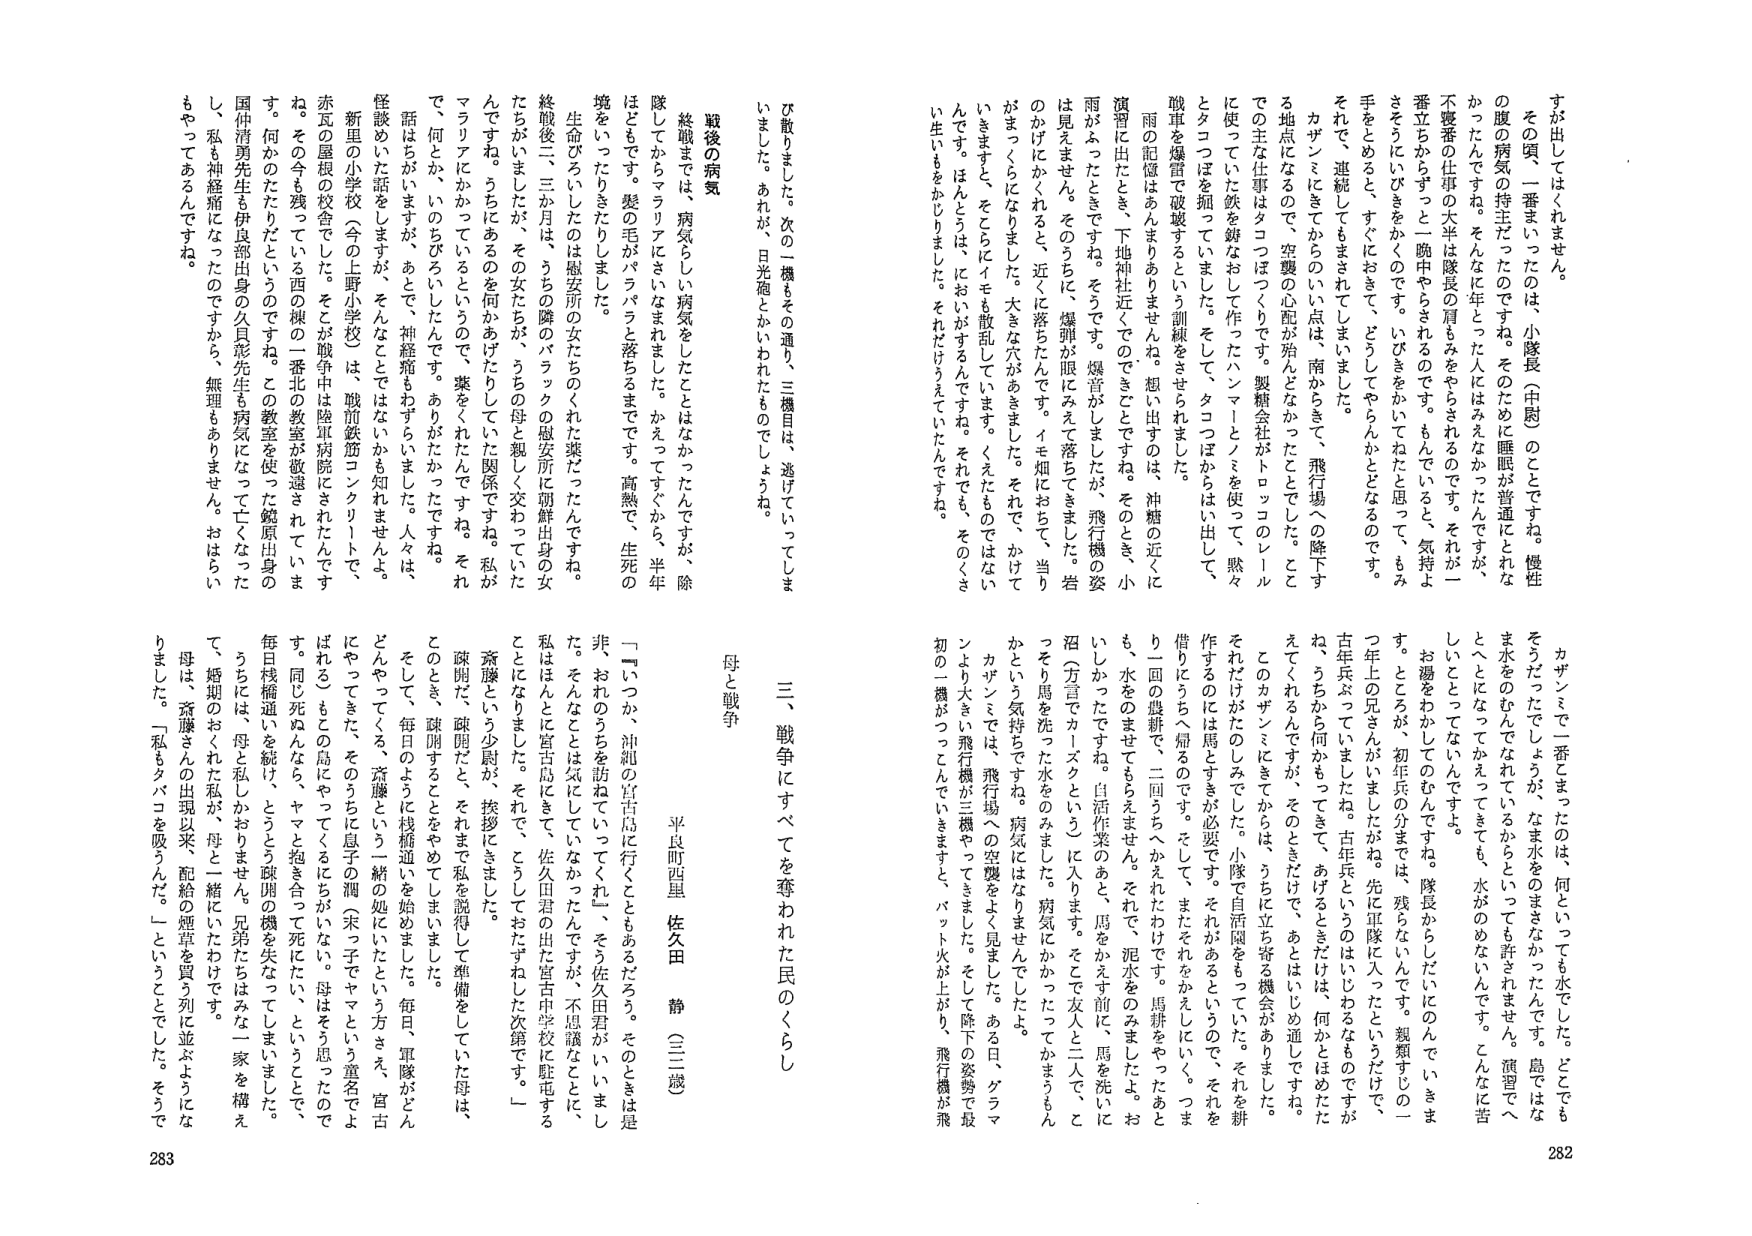
すが出してはくれません。
その頃、「一番まいったのは、小隊長（中尉）のことですね。慢性の腹の病気が持主だったのですね。そのために睡眠が普通にとれなかったんですね。そんなに年とった人にはみえなかったんですが、不寝番の仕事の大半は隊長の肩もみをやらされるのです。それが一番立たからずっと一晩中やらされるのです。もんでいると、気持よさそうにひどきをかくのです。いびきをかいてねたと思うて、もみ手をとめる、すぐにおきて、どうしてやらんかととなるのです。それを、連続してもまされてしまいました。
カザンミにきてからのい点は、南からきて、飛行場への降下する地点になるので、空襲の心配が殆んどなかったことでした。ことに使っていた鉄を鋳なおして作ったハンマーとノミを使って、黙々とタコつぼを掘っていました。そして、タコつぼからは出し、戦車を爆雷で破壊するという訓練をさせられました。
雨の記憶はあんまりありませんね。想い出すのは、沖縄の近くに演習に出たとき、下地神社近くでのできごとですね。そのとき、小雨がふったときですね。そうです。爆音がしましたが、飛行機の姿は見えません。そのうちに、爆弾が眼にみえて落ちてきました。岩のかげにかくれる、近くに落ちたんです。イモ畑におちて、当りがまっくらになりました。大きな穴があきました。それて、かけていきますと、そこらにイモを散乱しています。くれたものではないです。ほんとうは、においがするんですね。それでも、そのくさい生いもをかじりました。それだけうえていたんですね。
ひ散りました。次の二機もその通り、三機目は、逃げていてしまいました。あれが、日光砲とかいわれたものでしょうね。
戦後の病気
終戦までは、病気らしい病気をしたことはなかったんですが、除隊してからマラリアにさいなまれました。かえってすぐから、半年ほどもです。髪の毛がパラパラと落ちるまでです。高熱で、生死の境をいたりきたりしました。
生命びついたのは慰安所の女たちのくれた薬だったんですね。終戦後二、三か月は、うちの隣のパラックの慰安所に朝鮮出身の女たちがいましたが、その女たちが、うちの母と親しく交わっていたんですね。うちにあるのを何かあけたりしていた関係ですね。私がマラリアにかかっているというので、薬をくれたんですね。それで、何とか、いのちびろいしたんです。ありがたかったですね。話はちがいますが、あとで、神経痛もわすれました。人々は、怪談めいた話をしますが、そんなことではなれかも知れませんよ。
新里の小学校（今の上野小学校）は、戦前鉄筋コンクリートで、赤瓦の屋根の校舎でした。そとが戦争中は陸軍病院にされたんですね。その今も残っている西の棟の一番北の教室が散逸されていま す。何かのたたりだというのですね。この教室を使った鯨原出身の国仲清勇先生を伊良部出身の久貝彰先生も病気になって亡くなったし、私も神経痛になったのですから、無理もありません。おはらいもやってあるんですね。

カザンミで一番とまったのは、何といっても水でした。どこでもそうだっただしょうが、なま水をのませなかったんです。島ではなま水をのむんでなれているからといっても許されません。演習でへとへとになってかえってきても、水がのめないんです。こんなに苦しいことってないんですよ。
お湯をわかしてのむんですわ。隊長からだいにのんでいきます。ところが、初年兵の分までは、残らないです。親類すじの一つ年上の兄さんがいましたがね。先に軍隊に入ったというだけで、古年兵ぶっていましたね。古年兵というのはいじわるなものですがね、うちから何かもってきて、あげるときだけは、何かとほめたててくれるんですが、そのときだけて、あとはいじめ通しですね。
このカザンミにきてからは、うちに立ち寄る機会がありますた。それだけがたのしみでした。小隊で自活園をもっていた。それを耕作するのには馬とすきが必要です。それがあるというので、それを借りるうちへ帰るのです。そして、またそれをかえしにいく。つまり一回の農耕で、二回うちへかえれたわけです。馬耕をやったあとも、水をのませてもらえません。それで、泥水をのみましたよ。おいしかったですね。自活作業のあと、馬をかえす前に、馬を洗いに沼（方言でカイズクという）に入ります。そこで友人と二人で、とっそり馬を洗った水をのみました。病気にかかってたってかまうもんかという気持ちですね。病気にはなりませんでしたよ。
カザンミでは、飛行場への空襲をよく見ました。ある日、グラマシより大きい飛行機が三機やってきました。そして降下の姿勢で最初の一機がつっこんでいきますと、パット火が上がり、飛行機が飛

三、戦争にすべてを奪われた民のくらし
母と戦争
半良町西里 佐久田 静（三三歳）
「いつか、沖縄の宮古島に行くこともあるだろう。そのときは是非、おれのうちを訪ねていてくれ」、そう佐久田君が、いましが、そんなことは気にしていなかったんですが、不思議なことに、私はほんとに宮古島にきて、佐久田君の出た宮古中学校に駐屯することになりました。それで、こうしておたずねした次第です。」
斎藤という少尉が、挨拶にきました。
疎開だ、疎開だと、それまで私を説得して準備をしていた母は、このとき、疎開することをやめてしまいました。
そして、毎日のように栈橋通いを始めました。毎日、軍隊がどんどんやってくる、斎藤という一緒の姉にたという方さえ、宮古にやってきた、そのうちに息子の潤（未っ子でやまうと童名でよばれる）もこの島にやってくるにちがいない。母はそう思ったので す。同じ死ぬんなら、ヤマと抱き合って死にたい、ということで、毎日栈橋通いを続け、とうとう疎開の機を失なってしまいました。
うちは、母と私とおやまさん、兄弟たちはみな一家を構えて、婚姻のおくれた私が、母と一緒にいたわけです。
母は、斎藤さんの出現以来、配給の煙草を買う列に並ぶようになりました。「私もタバコを吸うんだ。」ということでした。そうで

282
283